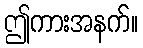
ဤကားအနက်။